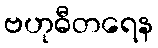
ဗဟုဓီတရေန